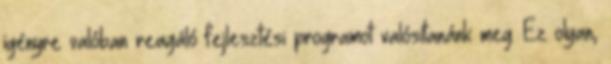
igényre valóban reagáló fejlesztési programot valósítanánk meg. Ez olyan,